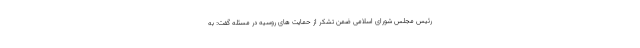
رئیس مجلس شورای اسلامی ضمن تشکر از حمایت های روسیه در مسئله گفت: به